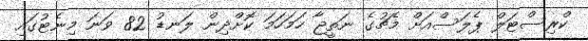
ކްރިސްޓަލް ޕެލަސްއަށް މެޗުގެ ނަތީޖާ ހަމަހަމަ ކޮށްދިން ލަނޑު 82 ވަނަ މިނެޓުގައި